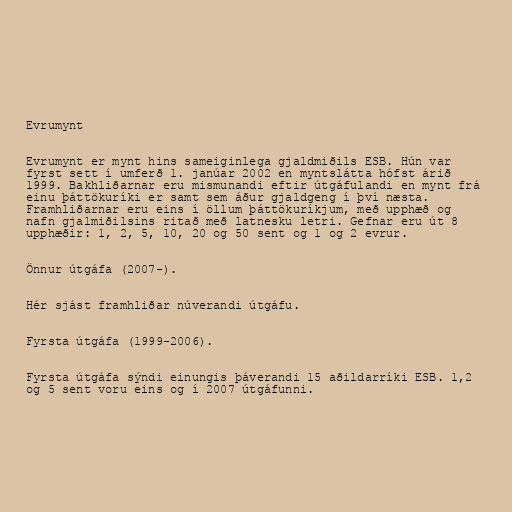
Evrumynt

Evrumynt er mynt hins sameiginlega gjaldmiðils ESB. Hún var
fyrst sett í umferð 1. janúar 2002 en myntslátta hófst árið
1999. Bakhliðarnar eru mismunandi eftir útgáfulandi en mynt frá
einu þáttökuríki er samt sem áður gjaldgeng í því næsta.
Framhliðarnar eru eins í öllum þáttökuríkjum, með upphæð og
nafn gjalmiðilsins ritað með latnesku letri. Gefnar eru út 8
upphæðir: 1, 2, 5, 10, 20 og 50 sent og 1 og 2 evrur.

Önnur útgáfa (2007-).

Hér sjást framhliðar núverandi útgáfu.

Fyrsta útgáfa (1999-2006).

Fyrsta útgáfa sýndi einungis þáverandi 15 aðildarríki ESB. 1,2
og 5 sent voru eins og í 2007 útgáfunni.